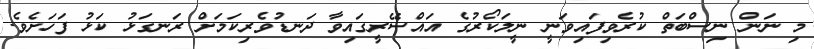
މި ނަން ނިސްބަތް ކުރެވިފައިވަނީ ނީލަކޯރުގެ އައްސޭރީގައިވާ ދަނޑުވެރިކަމަށް ރަނގަޅު ކަޅު ފަހަށެވެ.